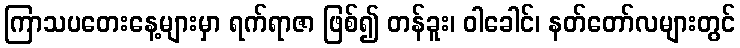
ကြာသပတေးနေ့များမှာ ရက်ရာဇာ ဖြစ်၍ တန်ခူး၊ ဝါခေါင်၊ နတ်တော်လများတွင်